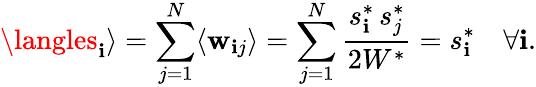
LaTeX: \langles_{\mathbf{i}}\rangle=\sum_{j=1}^{N}\langle\mathbf{w}_{\mathbf{i}j}\rangle=\sum_{j=1}^{N}\frac{{s_{\mathbf{i}}^{*}\, s_{j}^{*}}}{{2W^{*}}}=s_{\mathbf{i}}^{*}\quad\forall\mathbf{i}.